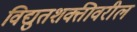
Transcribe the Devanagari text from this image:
विद्युतशक्तीवरील